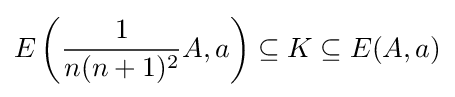
E\left({\frac {1}{n(n+1)^{2}}}A,a\right)\subseteq K\subseteq E(A,a)